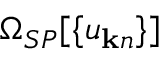
\Omega _ { S P } [ \{ u _ { { \bf k } n } \} ]